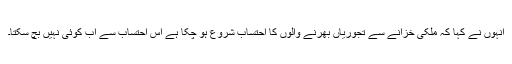
انہوں نے کہا کہ ملکی خزانے سے تجوریاں بھرنے والوں کا احتساب شروع ہو چکا ہے اس احتساب سے اب کوئی نہیں بچ سکتا۔